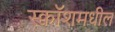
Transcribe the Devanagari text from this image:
स्क्वॉशमधील